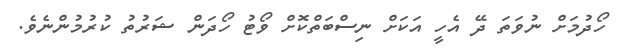
ހޯދުމަށް ނުވަތަ ދޭ އެހީ އަކަށް ނިސްބަތްކޮށް ވޯޓު ހޯދަން ޝަރުތު ކުރުމުންނެވެ.